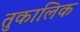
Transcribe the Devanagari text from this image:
तुकालिक